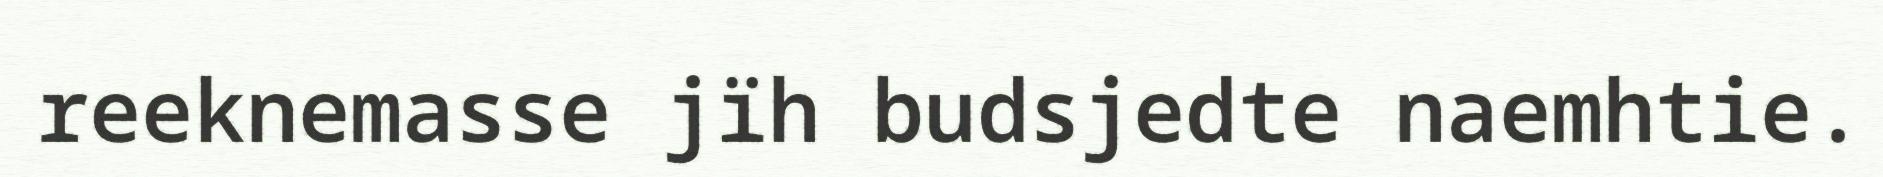
reeknemasse jïh budsjedte naemhtie.